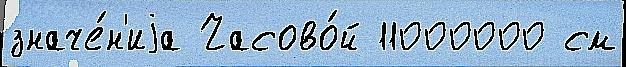
значе́н'иjа Часово́й 11000000 см